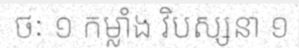
ថៈ ១ កម្លាំង វិបស្សនា ១